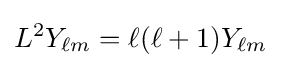
L^{2}Y_{\ell m}=\ell (\ell +1)Y_{\ell m}